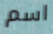
اسم